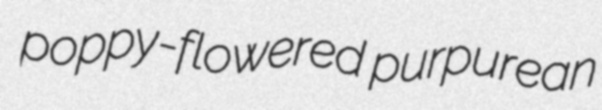
poppy-flowered purpurean